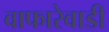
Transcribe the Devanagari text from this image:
वाफारेवाडी